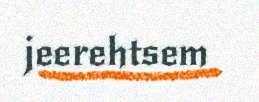
jeerehtsem